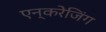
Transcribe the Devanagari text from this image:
एन्करेजिंग